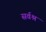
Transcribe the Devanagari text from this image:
सर्वश्र